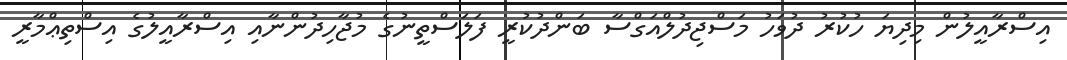
އިސްރާއީލުން މިދިޔަ ހުކުރު ދުވަހު މަސްޖިދުލްއަގްސާ ބަންދުކުރީ ފަލަސްތީނުގެ މުޖާހިދުންނާއި އިސްރާއީލުގެ އިސްތިޢްމާރީ